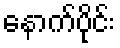
နောက်ပိုင်း